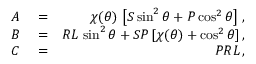
\begin{array} { r l r } { A } & { { } = } & { \chi ( \theta ) \, \left[ { \cal S } \sin ^ { 2 } \theta + { \cal P } \cos ^ { 2 } \theta \right] \, , } \\ { B } & { { } = } & { { \cal R } { \cal L } \, \sin ^ { 2 } \theta + { \cal S } { \cal P } \, [ \chi ( \theta ) + \cos ^ { 2 } \theta ] \, , } \\ { C } & { { } = } & { { \cal P R L } \, , } \end{array}